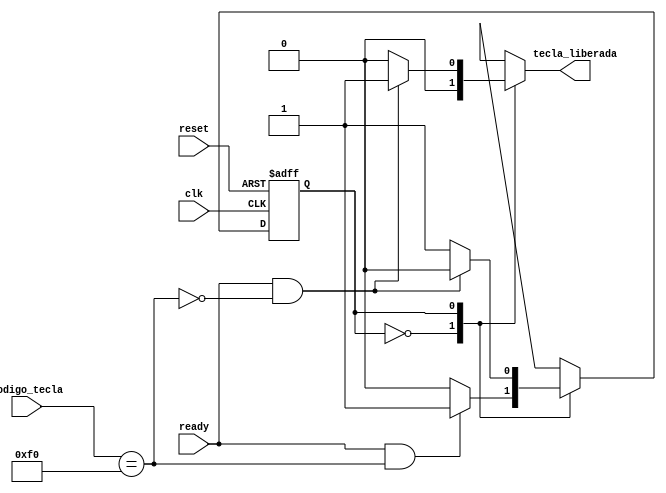
`timescale 1ns / 1ps
//////////////////////////////////////////////////////////////////////////////////
// Company: 
// Engineer: 
// 
// Design Name: 
// Module Name:    FiltroFO 
// Project Name: 
// Target Devices: 
// Tool versions: 
// Description: 
//
// Dependencies: 
//
// Revision: 
// Revision 0.01 - File Created
// Additional Comments: 
//
//////////////////////////////////////////////////////////////////////////////////

module FiltroFO(
   input wire clk, reset,
	input wire [7:0] codigo_tecla,
	input wire ready,
	output reg tecla_liberada = 1'b0
    );
	 
	 localparam
		 espera_codigo_ruptura = 1'b0,//codigo de ruptura es el F0
		 espera_codigo_tecla = 1'b1;
	 
	 reg estado_actual = 1'b0, estado_siguiente = 1'b0;
	 
	 always @(posedge clk, posedge reset)
		if (reset)
			estado_actual <= espera_codigo_ruptura;
		else
			estado_actual <= estado_siguiente;
			
	 always @*
		begin
			estado_siguiente = estado_actual;
			tecla_liberada=1'b0;
			
			case (estado_actual)
				espera_codigo_ruptura:
					if (ready == 1'b1 && codigo_tecla == 8'b11110000)
						estado_siguiente = espera_codigo_tecla;
				espera_codigo_tecla:
					if (ready == 1'b1 && ~(codigo_tecla == 8'b11110000))
						begin
							estado_siguiente = espera_codigo_ruptura;
							tecla_liberada = 1'b1;
						end
			endcase
		end
		
endmodule